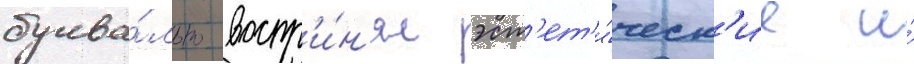
буква́льно воспр'и́н'ял эст'ет'и́ческ'ие и́